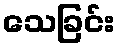
သေခြင်း